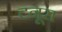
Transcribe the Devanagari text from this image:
टनूरा